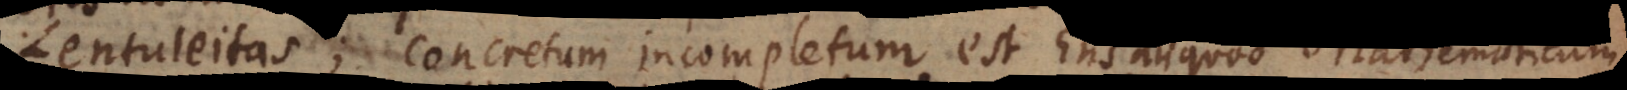
Lentuleitas; concretum incompletum est Ens aliquod Mathematicum